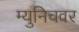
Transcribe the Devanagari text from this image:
म्युनिचवर